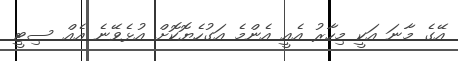
އޭގެ މާނަ އަކީ މިހާރު އެއީ އެންމެ އަގުހެޔޮކޮށް އުޅެވޭނެ އެއް ސިޓީ